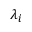
\lambda _ { i }